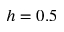
h = 0 . 5